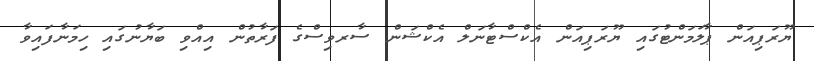
ޔޫރަޕިއަން ޕާލަމަންޓުގައި ޔޫރަޕިއަން އެކްސްޓާނަލް އެކްޝަން ސާރވިސްގެ ފަރާތުން އިއްވި ބަޔާނުގައި ހިމަނާފައިވާ